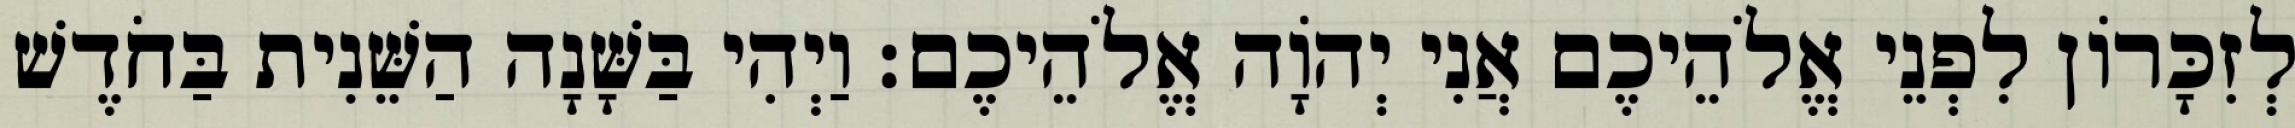
לְזִכָּרוֹן לִפְנֵי אֱלֹהֵיכֶם אֲנִי יְהוָֹה אֱלֹהֵיכֶם׃ וַיְהִי בַּשָּׁנָה הַשֵּׁנִית בַּחֹדֶשׁ